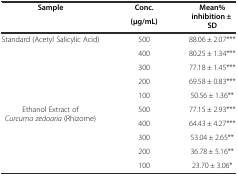
<table><thead><tr><td rowspan="2"><b>Sample</b></td><td><b>Conc.</b></td><td rowspan="2"><b>Mean% inhibition ± SD</b></td></tr><tr><td><b>(μg/mL)</b></td></tr></thead><tbody><tr><td rowspan="5">Standard (Acetyl Salicylic Acid)</td><td>500</td><td>88.06 ± 2.07***</td></tr><tr><td>400</td><td>80.25 ± 1.34***</td></tr><tr><td>300</td><td>77.18 ± 1.45***</td></tr><tr><td>200</td><td>69.58 ± 0.83***</td></tr><tr><td>100</td><td>50.56 ± 1.36**</td></tr><tr><td rowspan="5">Ethanol Extract of <i>Curcuma zedoaria</i> (Rhizome)</td><td>500</td><td>77.15 ± 2.93***</td></tr><tr><td>400</td><td>64.43 ± 4.27***</td></tr><tr><td>300</td><td>53.04 ± 2.65**</td></tr><tr><td>200</td><td>36.78 ± 5.16**</td></tr><tr><td>100</td><td>23.70 ± 3.06*</td></tr></tbody></table>